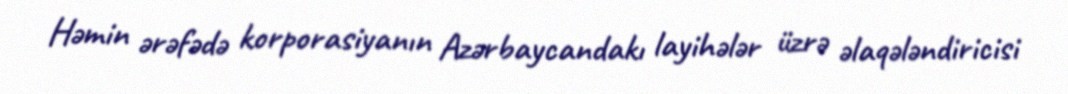
Həmin ərəfədə korporasiyanın Azərbaycandakı layihələr üzrə əlaqələndiricisi